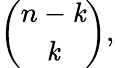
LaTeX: {\binom{n-\mathit{k}}{\mathit{k}}},